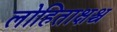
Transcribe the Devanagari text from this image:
लोहिताक्षश्च